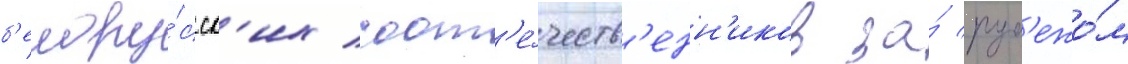
б'елору́сск'их соот'е́честв'енн'иков за́ руб'ежо́м